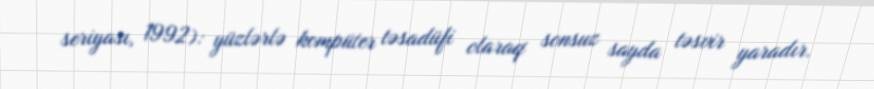
seriyası, 1992): yüzlərlə kompüter təsadüfi olaraq sonsuz sayda təsvir yaradır.